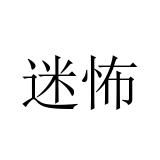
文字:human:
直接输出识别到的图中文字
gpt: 迷怖